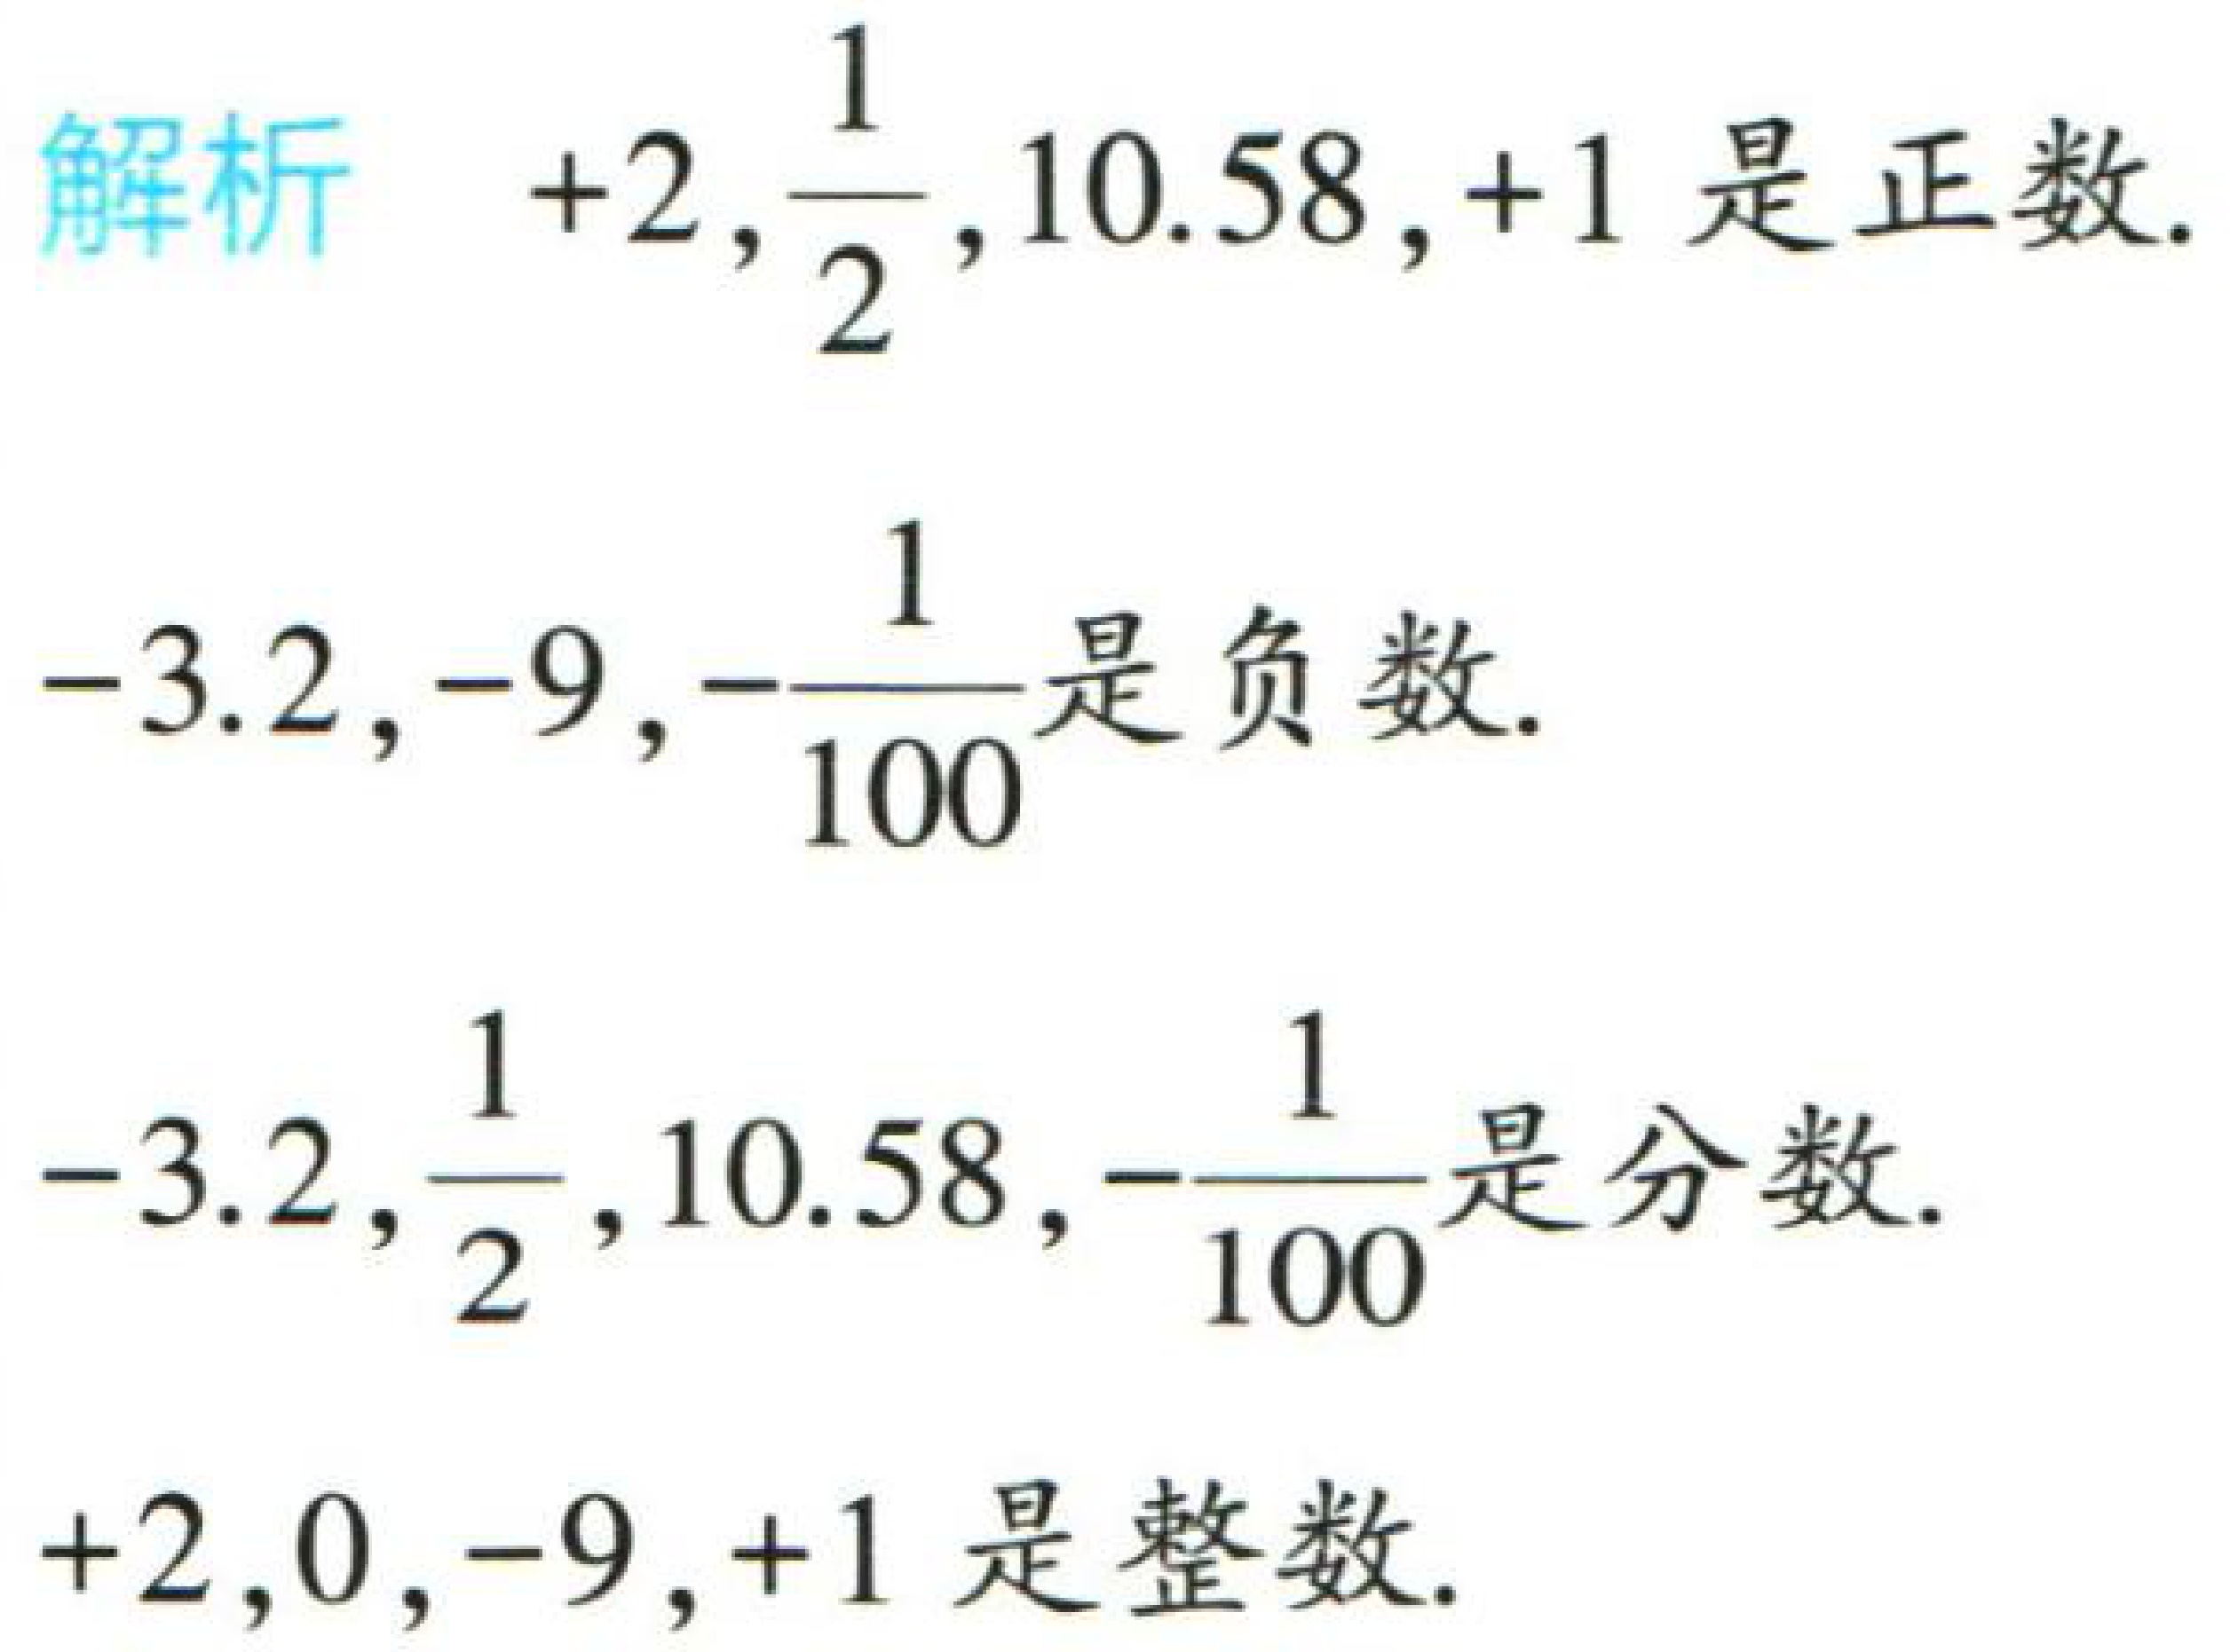
解析 \(+2,\frac{1}{2},10.58,+1\) 是正数.
\(-3.2,-9,-\frac{1}{100}\)是负数.
\(-3.2,\frac{1}{2},10.58,-\frac{1}{100}\)是分数.
\(+2,0,-9,+1\) 是整数.